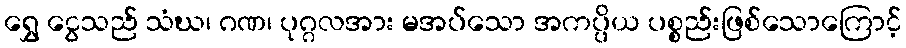
ရွှေ ငွေသည် သံဃ၊ ဂဏ၊ ပုဂ္ဂလအား မအပ်သော အကပ္ပိယ ပစ္စည်းဖြစ်သောကြောင့်